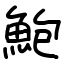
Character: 鮑